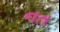
નત